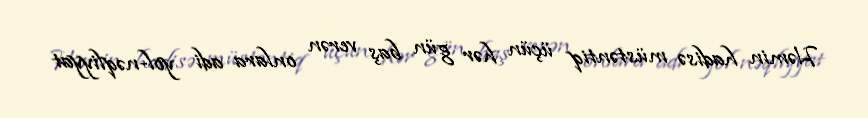
Həmin hadisə müstəntiq üçün hər gün baş verən onlara adi yol-nəqliyyat